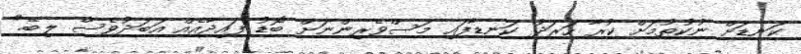
ކަނޑަށް ނުކުތުމަށް ކުރާ ހަރަދު ކަނޑާފައި މަސްވެރިންނަށް ބޮޑު ފައިދާއެއް އަބަދުވެސް ލިބޭ."